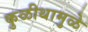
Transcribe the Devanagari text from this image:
कुळीथामुळे